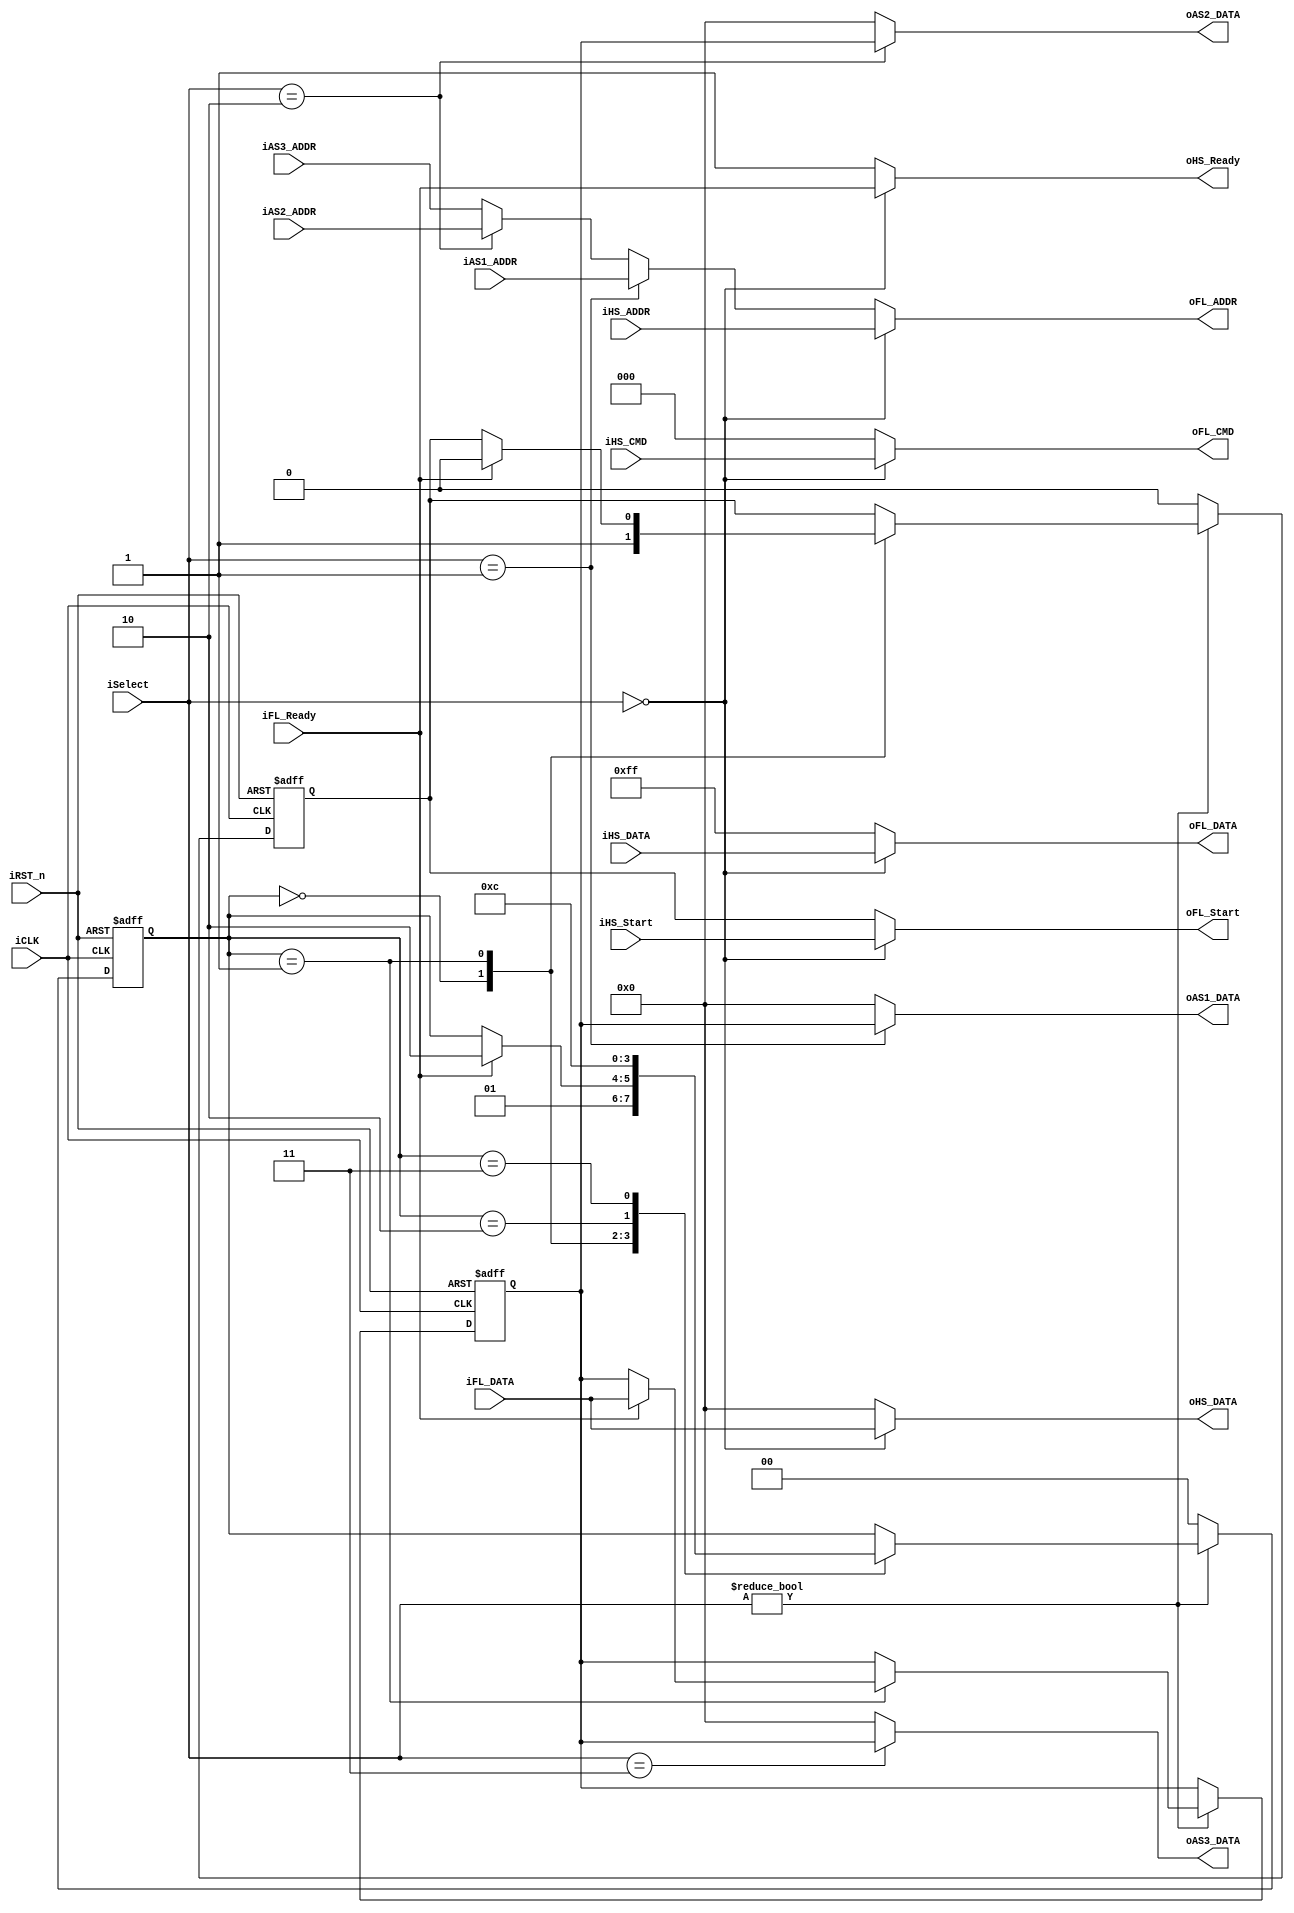
module Flash_Multiplexer(	//	Host Side
							oHS_DATA,iHS_DATA,iHS_ADDR,iHS_CMD,oHS_Ready,iHS_Start,
							//	Async Side 1
							oAS1_DATA,iAS1_ADDR,
							//	Async Side 2
							oAS2_DATA,iAS2_ADDR,
							//	Async Side 3
							oAS3_DATA,iAS3_ADDR,
							//	Flash Side
							oFL_DATA,iFL_DATA,oFL_ADDR,oFL_CMD,iFL_Ready,oFL_Start,
							//	Control Signals
							iSelect,iCLK,iRST_n);
//	Host Side
input	[19:0]	iHS_ADDR;	
input	[7:0]	iHS_DATA;
input	[2:0]	iHS_CMD;
input			iHS_Start;
output	[7:0]	oHS_DATA;
output			oHS_Ready;
//	Async Side 1
input	[19:0]	iAS1_ADDR;
output	[7:0]	oAS1_DATA;
//	Async Side 2
input	[19:0]	iAS2_ADDR;
output	[7:0]	oAS2_DATA;
//	Async Side 3
input	[19:0]	iAS3_ADDR;
output	[7:0]	oAS3_DATA;
//	Flash Side
input	[7:0]	iFL_DATA;
input			iFL_Ready;
output	[19:0]	oFL_ADDR;
output	[7:0]	oFL_DATA;
output	[2:0]	oFL_CMD;
output			oFL_Start;
//	Control	Signals
input	[1:0]	iSelect;
input			iCLK;
input			iRST_n;
//	Internal Register
reg		[7:0]	mFL_DATA;
reg		[1:0]	ST;
reg				mFL_Start;

//	Host Side Select
assign	oHS_DATA	=	(iSelect==0)	?	iFL_DATA	:	8'h00	;
assign	oHS_Ready	=	(iSelect==0)	?	iFL_Ready	:	1'b1	;
//	ASync Side
assign	oAS1_DATA	=	(iSelect==1)	?	mFL_DATA	:	8'h00	;
assign	oAS2_DATA	=	(iSelect==2)	?	mFL_DATA	:	8'h00	;
assign	oAS3_DATA	=	(iSelect==3)	?	mFL_DATA	:	8'h00	;
//	Flash Side
assign	oFL_DATA	=	(iSelect==0)	?	iHS_DATA	:	8'hFF	;
assign	oFL_ADDR	= 	(iSelect==0)	?	iHS_ADDR	:
						(iSelect==1)	?	iAS1_ADDR	:
						(iSelect==2)	?	iAS2_ADDR	:
											iAS3_ADDR	;				
assign	oFL_CMD		= 	(iSelect==0)	?	iHS_CMD		:	3'b000	;
assign	oFL_Start	=	(iSelect==0)	?	iHS_Start	:	mFL_Start;

//	mFL_Start Control & Flash Data Lock
always@(posedge iCLK or negedge iRST_n)
begin
	if(!iRST_n)
	begin
		mFL_DATA	<=0;
		mFL_Start	<=0;
		ST			<=0;
	end
	else
	begin
		if(iSelect!=0)
		begin
			case(ST)
			0:	begin
					mFL_Start<=1;
					ST<=1;
				end
			1:	begin
					if(iFL_Ready)
					begin
						mFL_DATA<=iFL_DATA;
						mFL_Start<=0;
						ST<=2;
					end
				end
			2:	ST<=3;
			3:	ST<=0;
			endcase
		end
		else
		begin
			mFL_Start<=0;
			ST<=0;
		end
	end
end				
endmodule